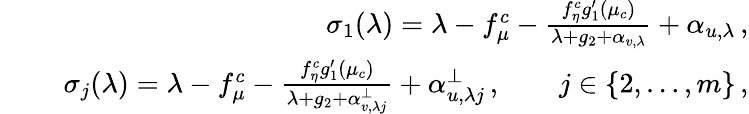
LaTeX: \begin{array}{rlr}{\ }&{}&{\sigma_{1}(\lambda)=\lambda-f_{\mu}^{c}-\frac{f_{\eta}^{c}g_{1}^{\prime}(\mu_{c})}{\lambda+g_{2}+\alpha_{v,\lambda}}+\alpha_{u,\lambda}\, ,}\\ &{}&{\sigma_{j}(\lambda)=\lambda-f_{\mu}^{c}-\frac{f_{\eta}^{c}g_{1}^{\prime}(\mu_{c})}{\lambda+g_{2}+\alpha_{v,\lambda j}^{\perp}}+\alpha_{u,\lambda j}^{\perp}\, ,\qquad j\in\lbrace{2,\ldots,m\rbrace}\, ,}\end{array}